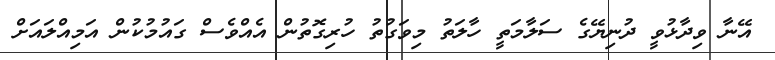
އޭނާ ވިދާޅުވީ ދުނިޔޭގެ ސަލާމަތީ ހާލަތު މިވަގުތު ހުރިގޮތުން އެއްވެސް ގައުމުކުން އަމިއްލައަށް